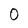
Character: O